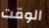
الوقت